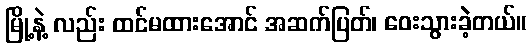
မြို့နဲ့ လည်း ထင်မထားအောင် အဆက်ပြတ်၊ ဝေးသွားခဲ့တယ်။